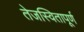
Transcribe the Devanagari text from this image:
तेजस्वितापूर्ण